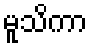
မူသိကာ